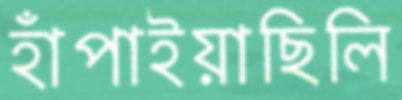
হাঁপাইয়াছিলি